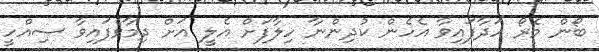
ބޯން މެރޯ ހަދާފައިވާ އެހެން ކުދިންނާ ހިލާފަށް އެލީ އަށް ދިމާވެފައިވާ ސިއްހީ